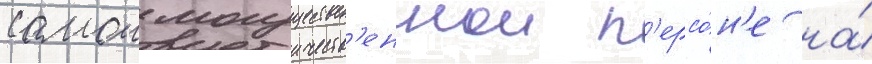
самои могуществ'еннои п'ерсо́н'е на́